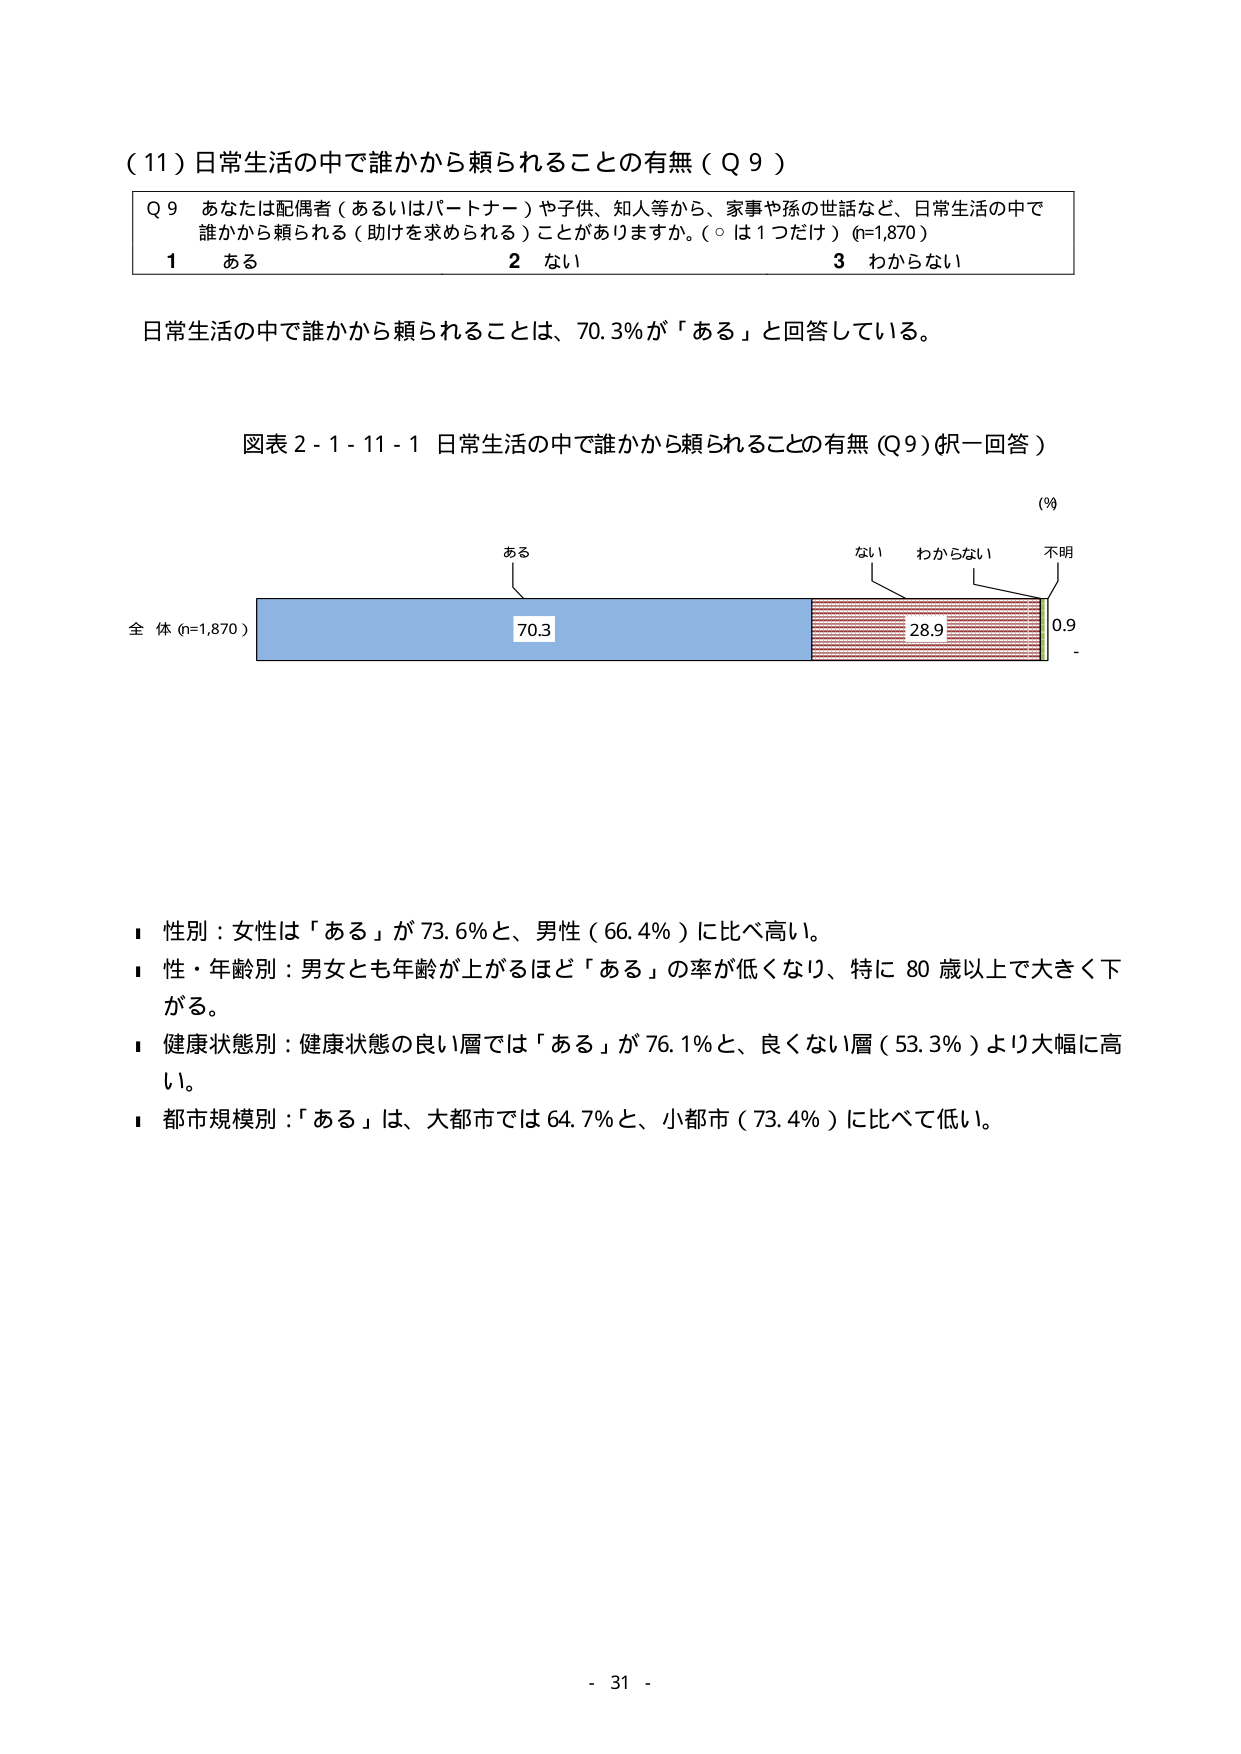
（11）日常生活の中で誰かから頼られることの有無（Q9）

Q9 あなたは配偶者（あるいはパートナー）や子供、知人等から、家事や孫の世話など、日常生活の中で誰かから頼られる（助けを求められる）ことがありますか。（○は1つだけ）（n=1,870）
1 ある
2 ない
3 わからない

日常生活の中で誰かから頼られることは、70.3％が「ある」と回答している。

図表2-1-11-1 日常生活の中で誰かから頼られることの有無（Q9）（択一回答）

（％）
ある
ない
わからない
不明
全体（n=1,870）
70.3
28.9
0.9
-

■ 性別：女性は「ある」が73.6％と、男性（66.4％）に比べ高い。
■ 性・年齢別：男女とも年齢が上がるほど「ある」の率が低くなり、特に80歳以上で大きく下がる。
■ 健康状態別：健康状態の良い層では「ある」が76.1％と、良くない層（53.3％）より大幅に高い。
■ 都市規模別：「ある」は、大都市では64.7％と、小都市（73.4％）に比べて低い。

- 31 -